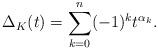
LaTeX: \begin{align*} \Delta_K(t)=\sum_{k=0}^n (-1)^k t^{\alpha_k}.\end{align*}